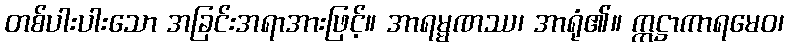
တစ်ပါးပါးသော အခြင်းအရာအားဖြင့်။ အာရမ္မဏဿ၊ အာရုံ၏။ ဣဋ္ဌာကာရမေဝ၊